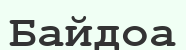
Байдоа